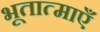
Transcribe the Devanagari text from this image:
भूतात्माएँ